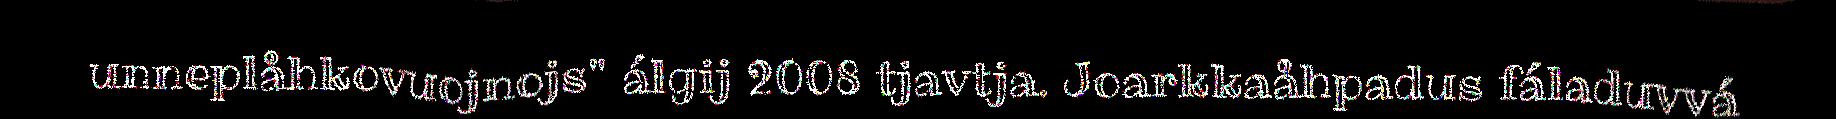
unneplåhkovuojnojs" álgij 2008 tjavtja. Joarkkaåhpadus fáladuvvá